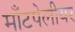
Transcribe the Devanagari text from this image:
माँटपेलीयर